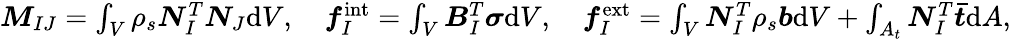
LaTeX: \begin{array}{r}{\boldsymbol{M}_{IJ}=\int_{V}\rho_{s}\boldsymbol{N}_{I}^{T}\boldsymbol{N}_{J}\mathrm{d}V,\quad\boldsymbol{f}_{I}^{\mathrm{int}}=\int_{V}\boldsymbol{B}_{I}^{T}\boldsymbol{\sigma}\mathrm{d}V,\quad\boldsymbol{f}_{I}^{\mathrm{ext}}=\int_{V}\boldsymbol{N}_{I}^{T}\rho_{s}\boldsymbol{b}\mathrm{d}V+\int_{A_{t}}\boldsymbol{N}_{I}^{T}\boldsymbol{\bar{t}}\mathrm{d}A,}\end{array}